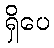
ရှိပေ